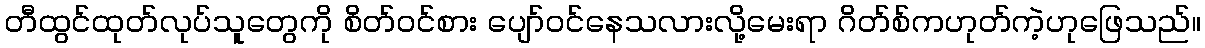
တီထွင်ထုတ်လုပ်သူတွေကို စိတ်ဝင်စား ပျော်ဝင်နေသလားလို့မေးရာ ဂိတ်စ်ကဟုတ်ကဲ့ဟုဖြေသည်။